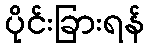
ပိုင်းခြားရန်